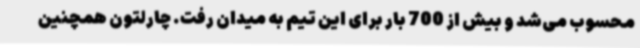
محسوب می‌شد و بیش از 700 بار برای این تیم به میدان رفت. چارلتون همچنین